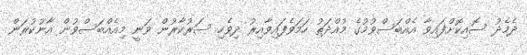
ދެމެދު ސޮއިކޮށްފައިވާ އެއްބަސްވުމުގެ މުއްދަތު ހަމަވެފައިވާއިރު ދިވެހި ސަރުކާރުން ވަނީ މިއެއްބަސްވުން އާނުކުރަން